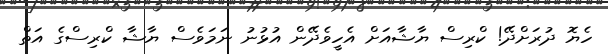
ހެޔޮ ދުރަށްދޭ! ކްރިސް ޔާޝާއަށް އެހީވެދޭން އުޅުނު ނަމަވެސް ޔާޝާ ކްރިސްގެ އަތް